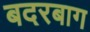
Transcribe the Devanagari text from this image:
बदरबाग